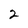
Character: 2